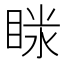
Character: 𥇫